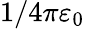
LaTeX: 1/4\pi\varepsilon_{0}